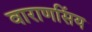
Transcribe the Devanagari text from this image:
वाराणसिंय